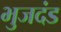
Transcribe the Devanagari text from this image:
भुजदंड